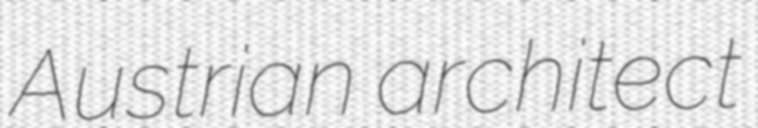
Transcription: Austrian architect